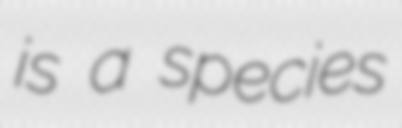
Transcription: is a species